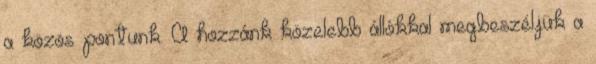
a közös pontunk. A hozzánk közelebb állókkal megbeszéljük a